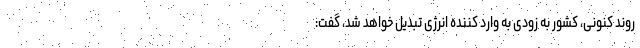
روند کنونی، کشور به زودی به وارد کننده انرژی تبدیل خواهد شد، گفت: